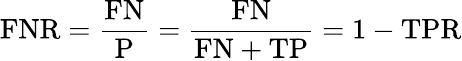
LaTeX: \mathrm{FNR}={\frac{\mathrm{FN}}{\mathrm{P}}}={\frac{\mathrm{FN}}{\mathrm{FN}+\mathrm{TP}}}=1-\mathrm{TPR}